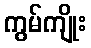
ကွမ်ကျိုး